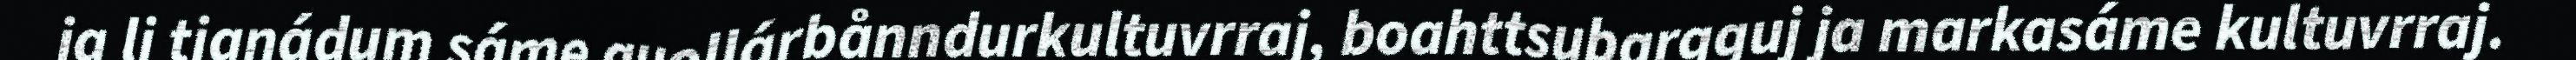
ja li tjanádum sáme guollárbånndurkultuvrraj, boahttsubargguj ja markasáme kultuvrraj.